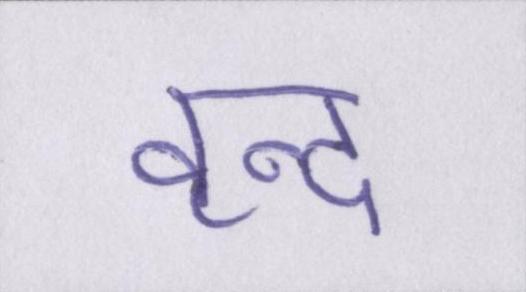
वृन्द